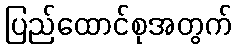
ပြည်ထောင်စုအတွက်